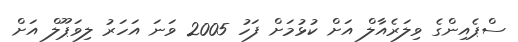
ސްޕެއިންގެ ވިލަރެއާލް އަށް ކުޅުމަށް ފަހު 2005 ވަނަ އަހަރު ލިވަޕޫލް އަށް